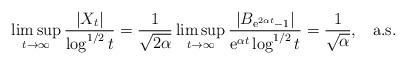
LaTeX: \begin{align*}\limsup_{t\to\infty}\frac{|X_t|}{\log^{1/2}t}= \frac{1}{\sqrt{2\alpha}}\limsup_{t\to\infty}\frac{|B_{\mathrm{e}^{2\alpha t}-1}|}{\mathrm{e}^{\alpha t}\log^{1/2}t}= \frac{1}{\sqrt{\alpha}},\;\;\;\textrm{a.s}.\end{align*}